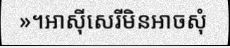
»។អាស៊ីសេរីមិនអាចសុំ